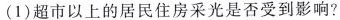
(1)超市以上的居民住房采光是否受到影响?